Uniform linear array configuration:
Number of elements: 24
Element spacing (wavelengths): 0.5
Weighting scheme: kaiser
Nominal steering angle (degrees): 0
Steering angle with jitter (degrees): -0.2222
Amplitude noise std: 0.05
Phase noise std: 0.05

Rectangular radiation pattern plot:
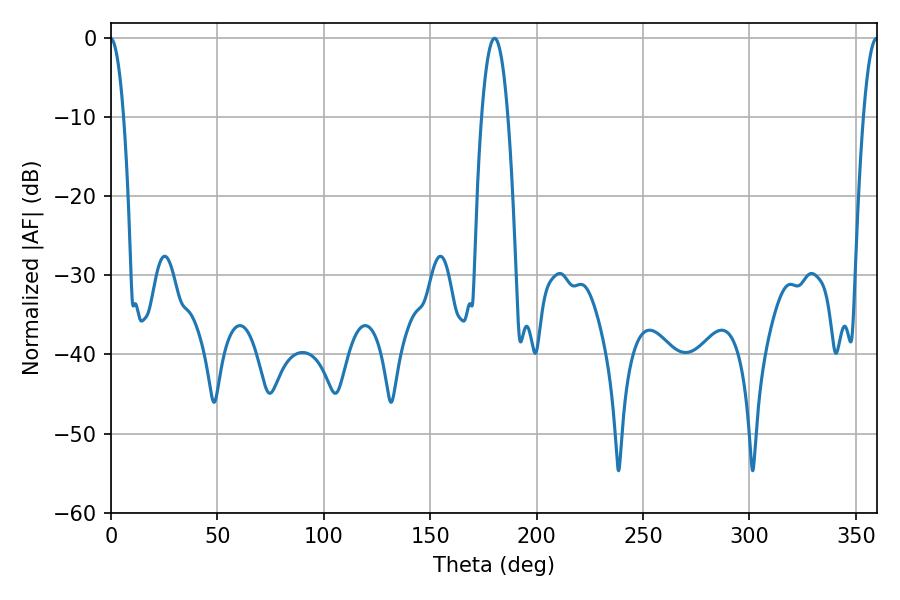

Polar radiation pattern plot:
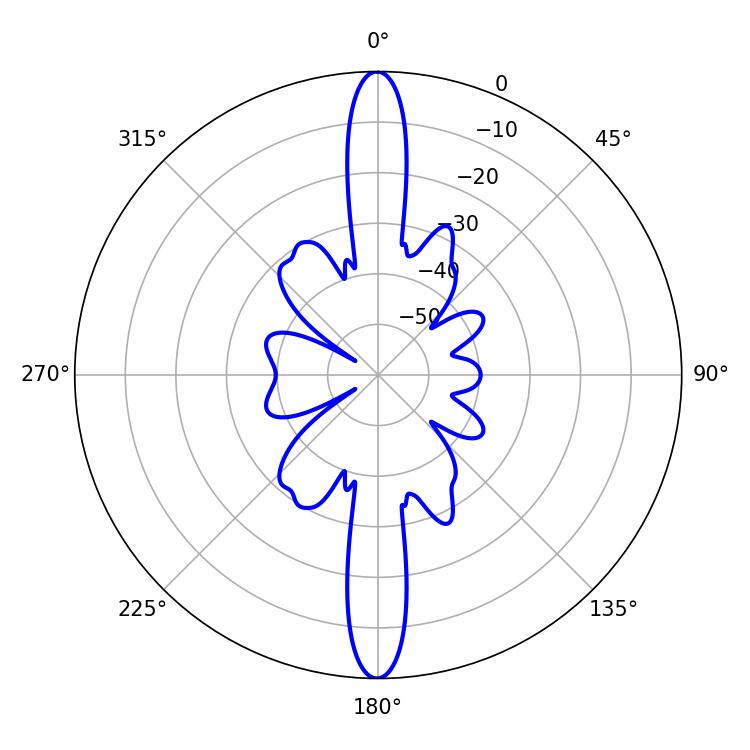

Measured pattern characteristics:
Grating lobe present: FALSE
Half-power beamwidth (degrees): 6.84
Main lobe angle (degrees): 180.18